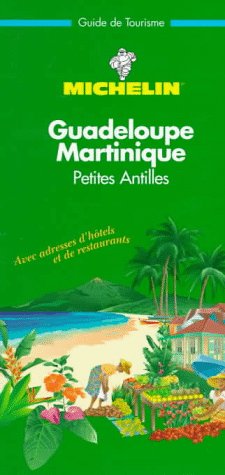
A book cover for Michelin THE GREEN GUIDE Antilles Guadeloupe/Martinique, 1e; Michelin Travel Publications; Travel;